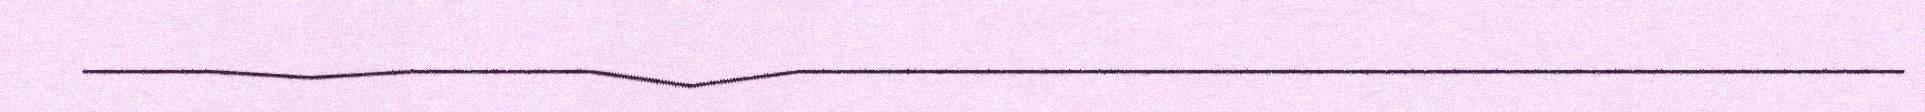
_____________________________________________________